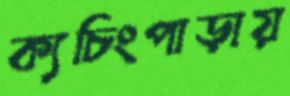
ক্যচিংপাড়ায়